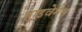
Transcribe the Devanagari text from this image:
हाइवेमैन